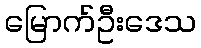
မြောက်ဦးဒေသ